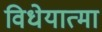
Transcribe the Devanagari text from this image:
विधेयात्मा